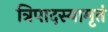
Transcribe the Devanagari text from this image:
त्रिपादस्यामृतं